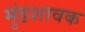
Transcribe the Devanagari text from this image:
मुंडशावक